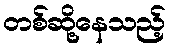
တစ်ဆို့နေသည့်